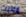
وجلبت